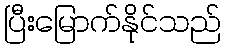
ပြီးမြောက်နိုင်သည်